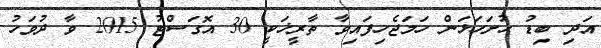
އަދި ބިޑު ހުށަހަޅަން ހަމަޖެހިފައިވާ ތާރީޚަކީ 30 އޮގަސްޓު 2015 ވާ ދުވަހު